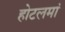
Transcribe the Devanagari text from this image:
होटलमां